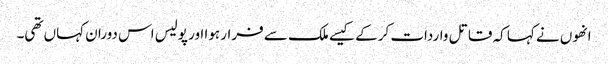
انھوں نے کہا کہ قاتل واردات کرکے کیسے ملک سے فرار ہوا اور پولیس اس دوران کہاں تھی۔